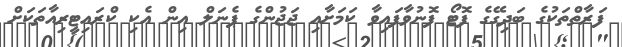
ފަރާތްތަކުގެ ބަދިގޭގެ ފޮޓޯ ފޮނުވާފައިވާ ކަމަށާއި ޖަޖުންގެ ޕެނަލް އިން އެކި ކްރައިޓީރިއާތަކަށް